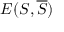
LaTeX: E ( S , { \overline { { S } } } )